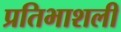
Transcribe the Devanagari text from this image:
प्रतिभाशली